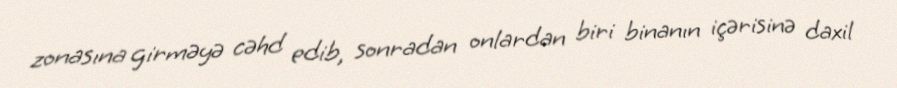
zonasına girməyə cəhd edib, sonradan onlardan biri binanın içərisinə daxil